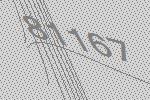
81167